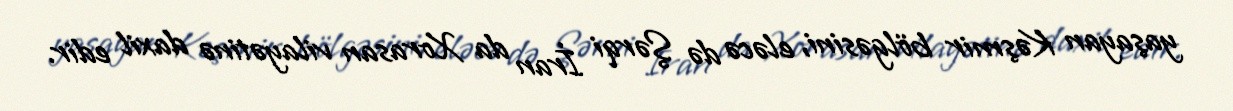
yaşayan Kəşmir bölgəsini, eləcə də Şərqi İran da Xorasan vilayətinə daxil edir.